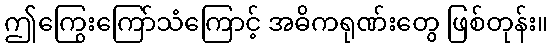
ဤကြွေးကြော်သံကြောင့် အဓိကရုဏ်းတွေ ဖြစ်တုန်း။